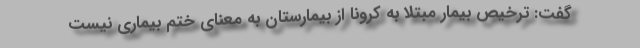
گفت: ترخیص بیمار مبتلا به کرونا از بیمارستان به معنای ختم بیماری نیست